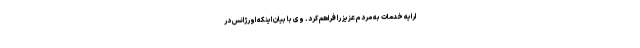
ارایه خدمات به مردم عزیز را فراهم کرد. وی با بیان اینکه اورژانس در